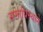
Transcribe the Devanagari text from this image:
समाधिस्थाने